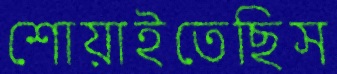
শোয়াইতেছিস